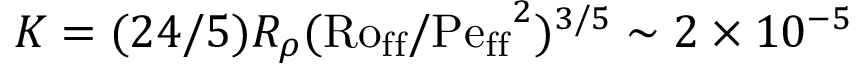
K = ( 2 4 / 5 ) R _ { \rho } ( \mathrm { R o _ { f f } } / \mathrm { P e _ { f f } } ^ { 2 } ) ^ { 3 / 5 } \sim 2 \times 1 0 ^ { - 5 }